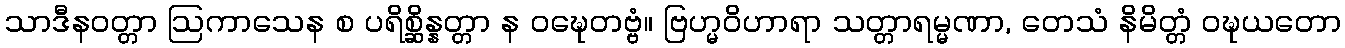
သာဒီနဝတ္တာ ဩကာသေန စ ပရိစ္ဆိန္နတ္တာ န ဝဍ္ဎေတဗ္ဗံ။ ဗြဟ္မဝိဟာရာ သတ္တာရမ္မဏာ, တေသံ နိမိတ္တံ ဝဍ္ဎယတော